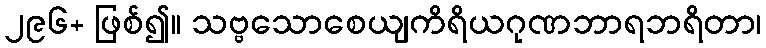
၂၉၆+ ဖြစ်၍။ သဗ္ဗသောစေယျကိရိယဂုဏဘာရဘရိတာ၊